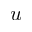
{ u }